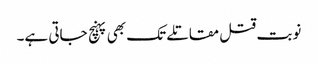
نوبت قتل مقاتلے تک بھی پہنچ جاتی ہے۔